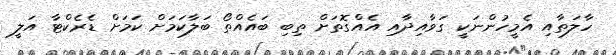
ހާލަތާއި އެމީހުންނަކީ ގަވާއިދާއި އެއްގޮތަށް ތިބި ބައެއްތޯ ބަލާކަމަށް ކަމަށް ޑެރެކްޓާ އަލީ